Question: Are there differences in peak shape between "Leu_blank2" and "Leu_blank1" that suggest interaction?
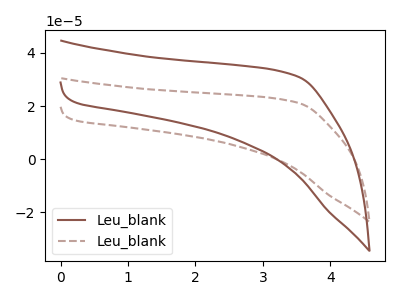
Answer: <think>The brown curve "Leu_blank1" has no peaks. The brown dashed curve "Leu_blank2" has no peaks.
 Neither "Leu_blank2" or "Leu_blank1" have any peaks.</think>
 <answer>No, "Leu_blank2" and "Leu_blank1" don't appear to be significantly different in shape</answer>
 <eval>no_change</eval>